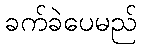
ခက်ခဲပေမည်